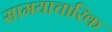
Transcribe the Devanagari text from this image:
सामयाचारिक